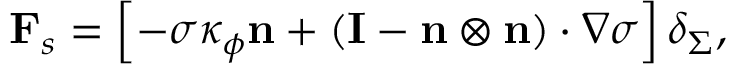
{ { \bf { F } } _ { s } } = \left[ { - \sigma { \kappa _ { \phi } } { \bf { n } } + \left( { { \bf { I } } - { \bf { n } } \otimes { \bf { n } } } \right) \cdot \nabla \sigma } \right] { \delta _ { \Sigma } } ,